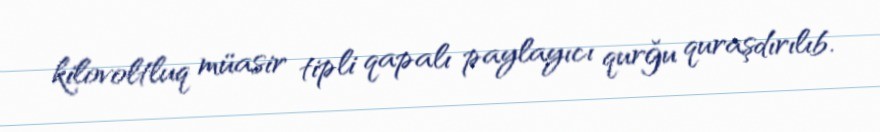
kilovoltluq müasir tipli qapalı paylayıcı qurğu quraşdırılıb.